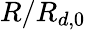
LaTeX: R/R_{d,0}